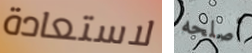
لاستعادة أصلحه